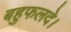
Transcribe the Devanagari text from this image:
बहुफलदे।